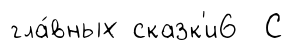
гла́вных сказк'и6 С